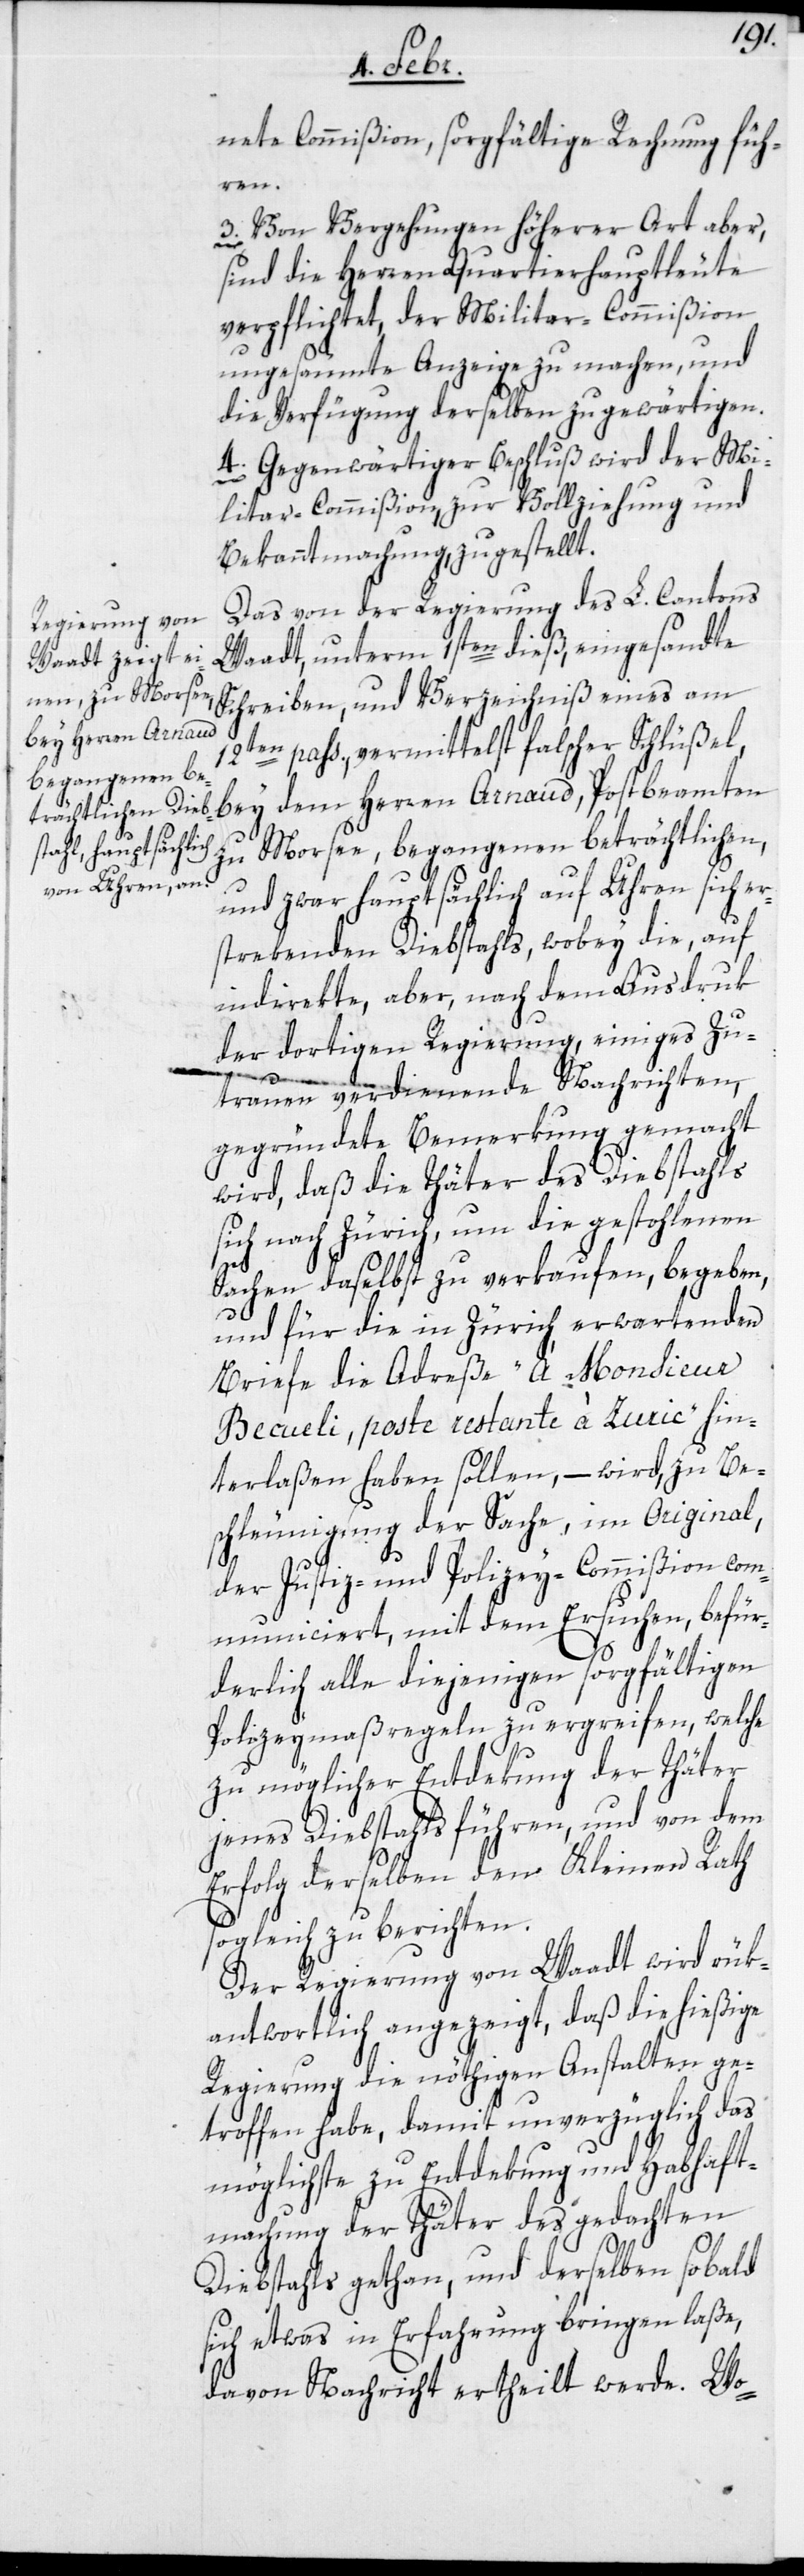
nete Commißion, sorgfältig Rechnung füh¬
ren.
3. Von Vergehungen höherer Art aber,
sind die Herren Quartierhauptleute
verpflichtet, der Militar-Commißion
ungesäumte Anzeige zu machen, und
die Verfügung derselben zu gewärtigen.
4. Gegenwärtiger Beschluß wird der Mi¬
litar-Commißion, zur Vollziehung und
Bekanntmachung, zugestellt.
Das von der Regierung des L. Cantons
Waadt, unterm 1sten dieß, eingesandte
Schreiben, und Verzeichniß eines am
12ten pass., vermittelst falscher Schlüßel,
bey dem Herren Arnaud, Postbeamten
zu Morsee, begangenen beträchtlichen,
und zwar hauptsächlich auf Uhren sich er¬
strekenden Diebstahls, wobey die, auf
indirekte, aber nach dem Ausdruk
der dortigen Regierung, einiges Zu¬
trauen verdienende Nachrichten,
gegründete Bemerkung gemacht
wird, daß die Thäter des Diebstahls
sich nach Zürich, um die gestohlenen
Sachen daselbst zu verkaufen, begeben,
und für die in Zürich erwartenden
Briefe die Adreße: „À Monsieur
Becueli, poste restante à Zuric“ hin¬
terlaßen haben sollen, – wird, zu Be¬
schleunigung der Sache, im Original,
der Justiz- und Polizey-Commißion com¬
municiert, mit dem Ersuchen, befür¬
derlich alle diejenigen sorgfältigen
Polizeymaßregeln zu ergreifen, welche
zu möglicher Entdekung der Thäter
jenes Diebstahls führen, und von dem
Erfolg derselben dem Kleinen Rath
sogleich zu berichten.
Der Regierung von Waadt wird rük¬
antwortlich angezeigt, daß die hießige
Regierung die nöthigen Anstalten ge¬
troffen habe, damit unverzüglich das
Möglichste zu Entdekung und Habhaft¬
machung der Thäter des gedachten
Diebstahls gethan, und derselben sobald
sich etwas in Erfahrung bringen laße,
davon Nachricht ertheilt werde. Wo-